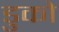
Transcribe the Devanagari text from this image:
डुको